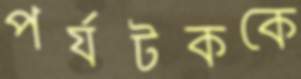
পর্যটককে